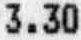
3.30